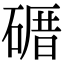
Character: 𥕉